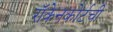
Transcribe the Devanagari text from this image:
रॉकेनकोर्टची